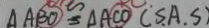
\Delta A B O \cong \Delta A C O ( S A . S )